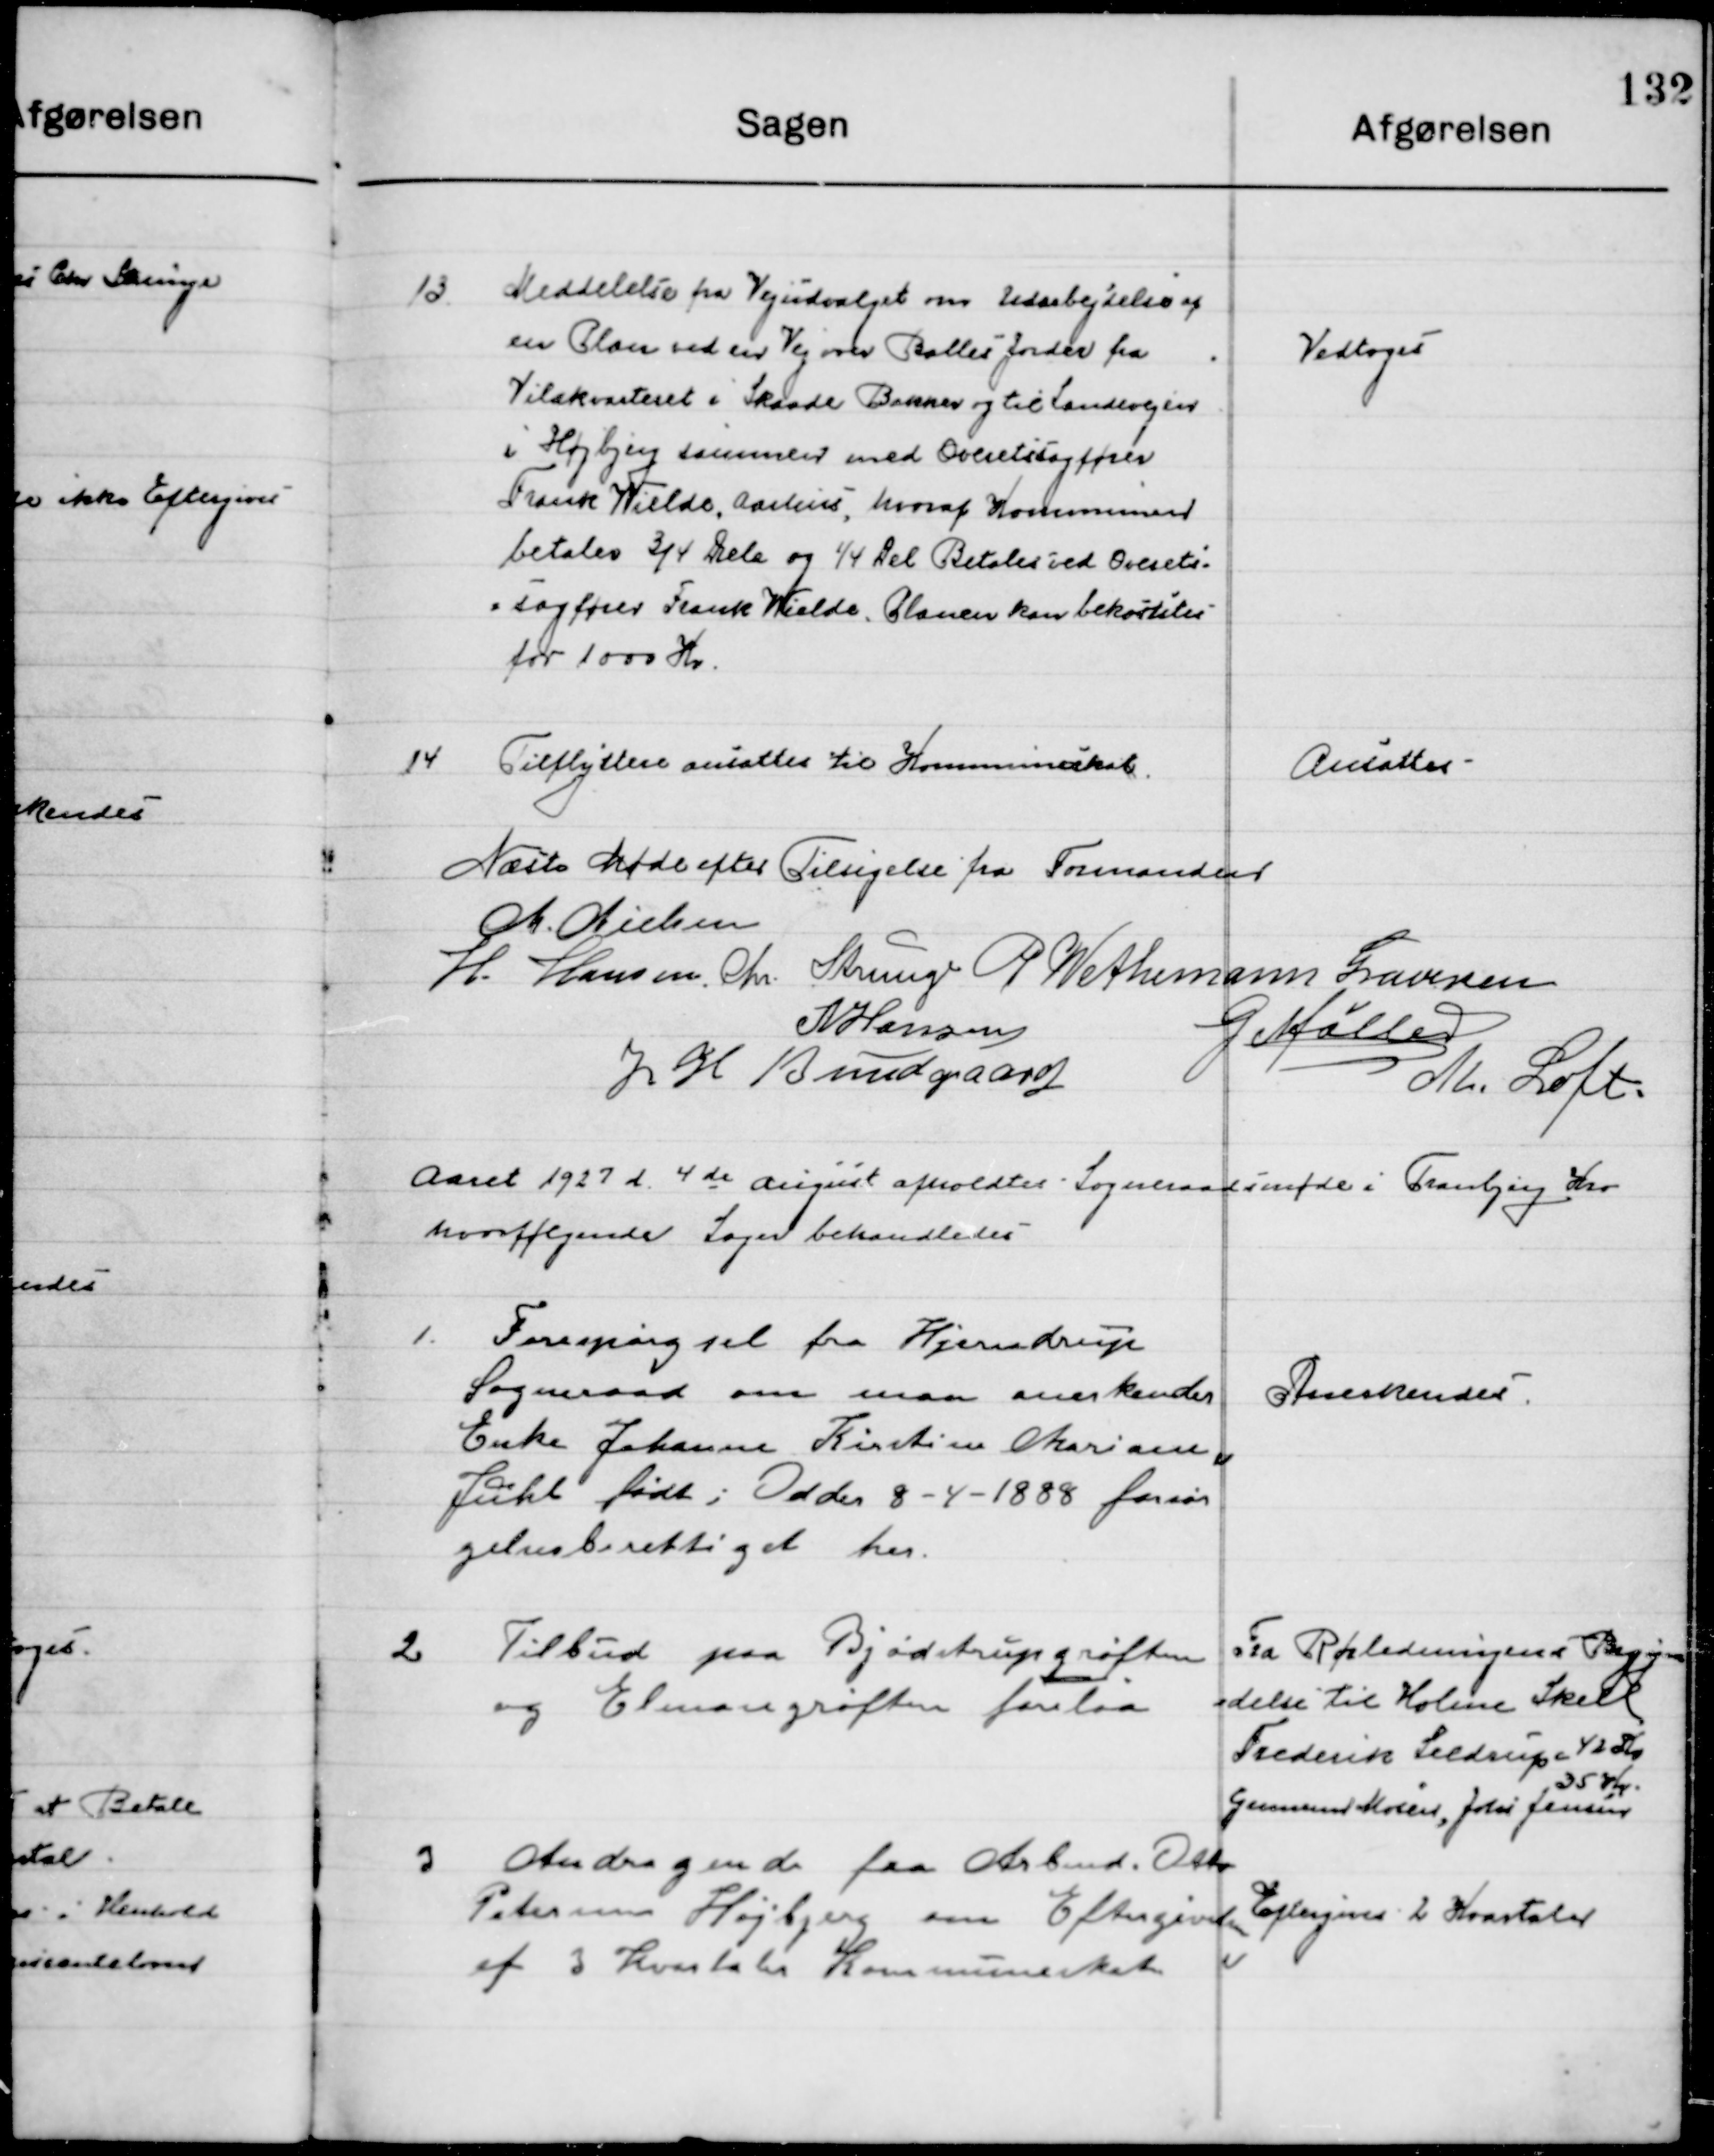
Transskription:
13

Meddelelse fra Vejudvalget om Udarbejdelse af
en Plan ved en Vej over Balles Jorder fra
Villakvarteret i Skaade Bakker og til Landevejen
I Højbjerg sammen med Overretssagfører
Frank Nielsen, Aarhus, hvoraf Kommunen
betaler 3/4 Dele og 1/4 Betales ved Overrets-
sagfører Frank Nielsen. Planen kan bekosteles
for 1000 Kr.

Vedtoges

14

Tilflyttere ansættes til Kommuneskat

Ansættes

Næste Møde efter Tilsigelse fra Formanden

M. Nielsen
H. Hansen	
Chr. Strunge
P. Wethemann Graversen
N. Hansen
G. Møller
J. H. Bundgaard
M. Loft

Aaret 1927 d. 4de August  afholdtes  Sogneraadsmøde i Tranbjerg Kro
hvor følgende Sager behandledes.

1

Forespørgsel fra Hjerndrup
Sogneraad om man anerkender
Enke Johanne Kirstine Mariane
Juhl født i Odder 8-4-1888 forsør- 
gelsesberettiget her.

Anerkendes

2

Tilbud paa Bjødstrup grøften
og Elmosegrøften forelaa

Fra Rørledningens Begyn-
delse til Holme Skell
Frederik Seldrup 42 Kr.
Gennem Mosen, Johs. Jensen 
35 Kr.

3

Andragende fra Arbmd. Otto
Petersen Højbjerg, om Eftergivelse 
af 3 Kvartaler Kommuneskat.

Eftergives 2 Kvartaler